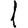
Digit: 1